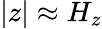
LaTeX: |z|\approx H_{z}